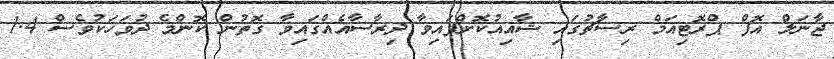
ޖާނަލް އޮފް ޕްރޮޓިއަމް ރިސާޗުގައި ޝާއިއުކޮށްފައިވާ ދިރާސާއެއްގައިވާ ގޮތުން ކޮންމެ ދުވަހަކުވެސް 1.4